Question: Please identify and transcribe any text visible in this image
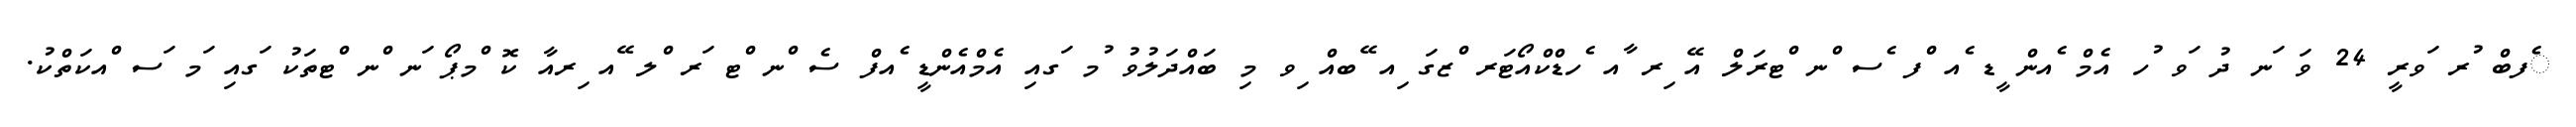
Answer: ެފބް ުރ ަވރީ 24 ވަ ަނ ދު ަވ ުހ އެމް ެއން ީޑ ެއ ްފ ެސ ްނ ްޓރަލް އޭ ިރ ާއ ެހޑްކްއޯޓަރ ްޒގަ ިއ ޭބއް ިވ މި ބައްދަލުވު ުމ ަގއި އެމްއެންޑީ ެއފް ސެ ްނ ްޓ ަރ ްލ ޭއ ިރއާ ކޮ ްމޕޯ ަނ ްނ ްޓތަކު ަގއި ަމ ަސ ްއކަތްކު.